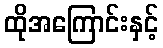
ထိုအကြောင်းနှင့်